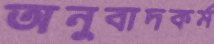
অনুবাদকর্ম